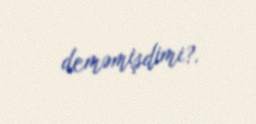
deməmişdimi?.